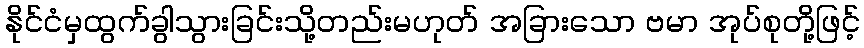
နိုင်ငံမှထွက်ခွါသွားခြင်းသို့တည်းမဟုတ် အခြားသော ဗမာ အုပ်စုတို့ဖြင့်